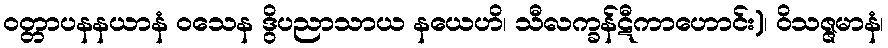
ဝတ္တာပနနယာနံ ဝသေန ဒွိပညာသာယ နယေဟိ၊ သီလက္ခန်ဋီကာဟောင်း)၊ ဝိသဇ္ဇမာနံ၊